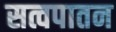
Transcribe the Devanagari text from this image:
सत्वपातन